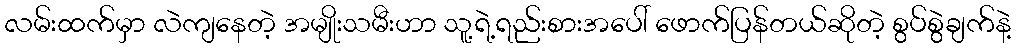
လမ်းထက်မှာ လဲကျနေတဲ့ အမျိုးသမီးဟာ သူ့ရဲ့ရည်းစားအပေါ် ဖောက်ပြန်တယ်ဆိုတဲ့ စွပ်စွဲချက်နဲ့